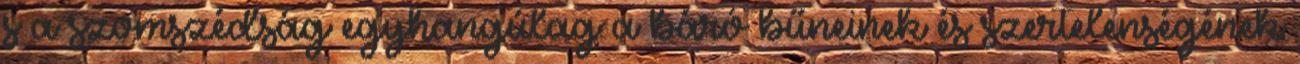
s a szomszédság egyhangúlag a báró bűneinek és szertelenségének